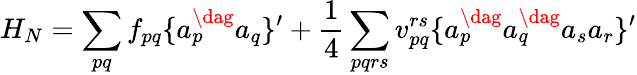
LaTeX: H_{N}=\sum_{pq}f_{pq}\{ a_{p}^{\dag}a_{q}\} ^{\prime}+\frac{1}{4}\sum_{pqrs}v_{pq}^{rs}\{ a_{p}^{\dag}a_{q}^{\dag}a_{s}a_{r}\} ^{\prime}